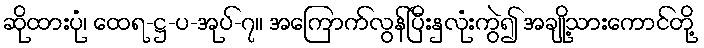
ဆိုထားပုံ၊ ထေရ-ဋ္ဌ-ပ-အုပ်-၇။ အကြောက်လွန်ပြီးနှလုံးကွဲ၍ အချို့သားကောင်တို့